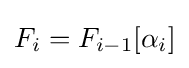
F_{i}=F_{i-1}[\alpha _{i}]